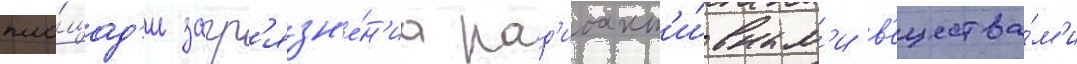
пло́щад'и загр'язн'е́н'иа рад'иоакт'и́вным'и в'ещества́м'и